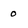
Character: o